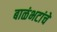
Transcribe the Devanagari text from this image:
बाळंभटांचे